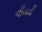
વીતતી